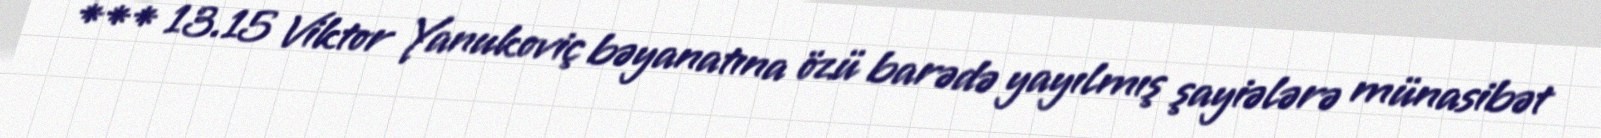
*** 13.15 Viktor Yanukoviç bəyanatına özü barədə yayılmış şayiələrə münasibət